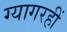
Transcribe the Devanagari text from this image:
ग्यागरहीं